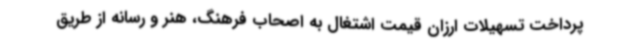
پرداخت تسهیلات ارزان قیمت اشتغال به اصحاب فرهنگ، هنر و رسانه از طریق